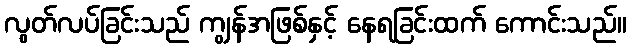
လွတ်လပ်ခြင်းသည် ကျွန်အဖြစ်နှင့် နေရခြင်းထက် ကောင်းသည်။